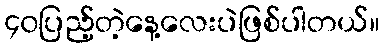
၄၀ပြည့်တဲ့နေ့လေးပဲဖြစ်ပါတယ်။